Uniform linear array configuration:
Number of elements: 4
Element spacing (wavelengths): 0.25
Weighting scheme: uniform
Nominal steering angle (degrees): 60
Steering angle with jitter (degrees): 59.849
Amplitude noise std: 0.05
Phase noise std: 0.05

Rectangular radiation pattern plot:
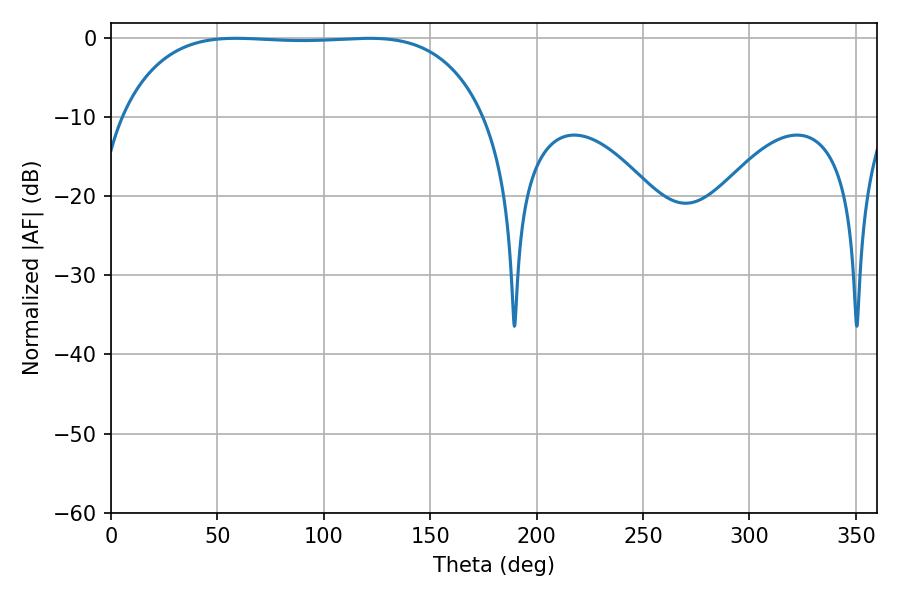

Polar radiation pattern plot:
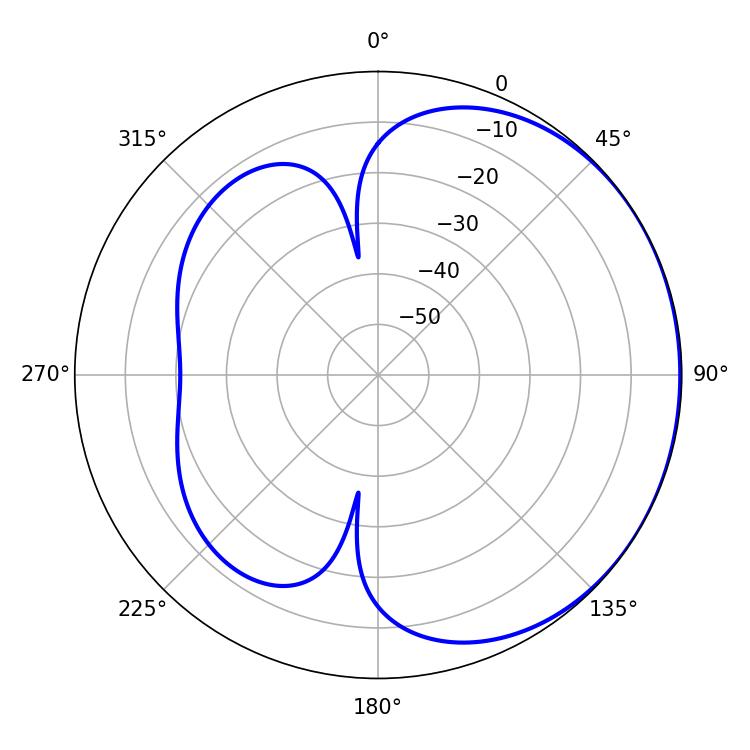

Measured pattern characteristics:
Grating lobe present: FALSE
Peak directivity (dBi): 0.7299
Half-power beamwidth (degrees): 133.56
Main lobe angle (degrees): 58.68